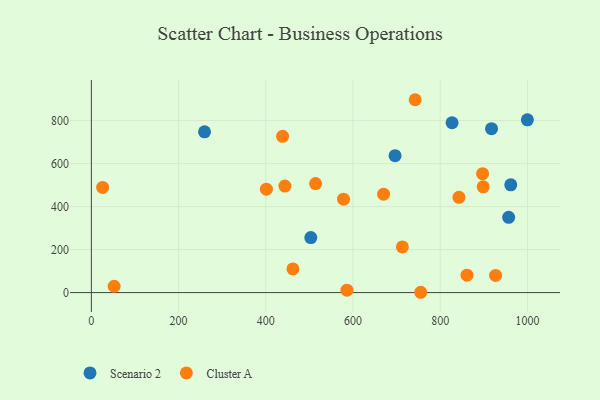
{"axis": {"x": "Distance", "y": "Rating"}, "legend": ["Cluster A", "Scenario 2"], "data": [{"x": "961.7", "y": 501.4, "type": "Scenario 2"}, {"x": "503.2", "y": 255.9, "type": "Scenario 2"}, {"x": "917.6", "y": 762.3, "type": "Scenario 2"}, {"x": "696.4", "y": 637.0, "type": "Scenario 2"}, {"x": "827.1", "y": 789.9, "type": "Scenario 2"}, {"x": "259.5", "y": 748.0, "type": "Scenario 2"}, {"x": "956.9", "y": 349.9, "type": "Scenario 2"}, {"x": "999.8", "y": 803.4, "type": "Scenario 2"}, {"x": "898.5", "y": 491.7, "type": "Cluster A"}, {"x": "670.1", "y": 457.6, "type": "Cluster A"}, {"x": "401.3", "y": 480.8, "type": "Cluster A"}, {"x": "586.0", "y": 11.4, "type": "Cluster A"}, {"x": "514.1", "y": 506.9, "type": "Cluster A"}, {"x": "755.2", "y": 1.4, "type": "Cluster A"}, {"x": "578.2", "y": 434.3, "type": "Cluster A"}, {"x": "25.8", "y": 489.3, "type": "Cluster A"}, {"x": "52.2", "y": 29.5, "type": "Cluster A"}, {"x": "438.5", "y": 726.9, "type": "Cluster A"}, {"x": "926.9", "y": 79.9, "type": "Cluster A"}, {"x": "713.2", "y": 212.4, "type": "Cluster A"}, {"x": "462.2", "y": 109.8, "type": "Cluster A"}, {"x": "842.9", "y": 443.2, "type": "Cluster A"}, {"x": "897.1", "y": 553.0, "type": "Cluster A"}, {"x": "861.4", "y": 80.9, "type": "Cluster A"}, {"x": "443.8", "y": 495.4, "type": "Cluster A"}, {"x": "742.5", "y": 897.1, "type": "Cluster A"}]}